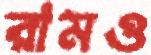
রামও